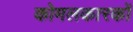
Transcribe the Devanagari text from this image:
कोमलकारकों